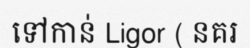
ទៅកាន់ Ligor ( នគរ